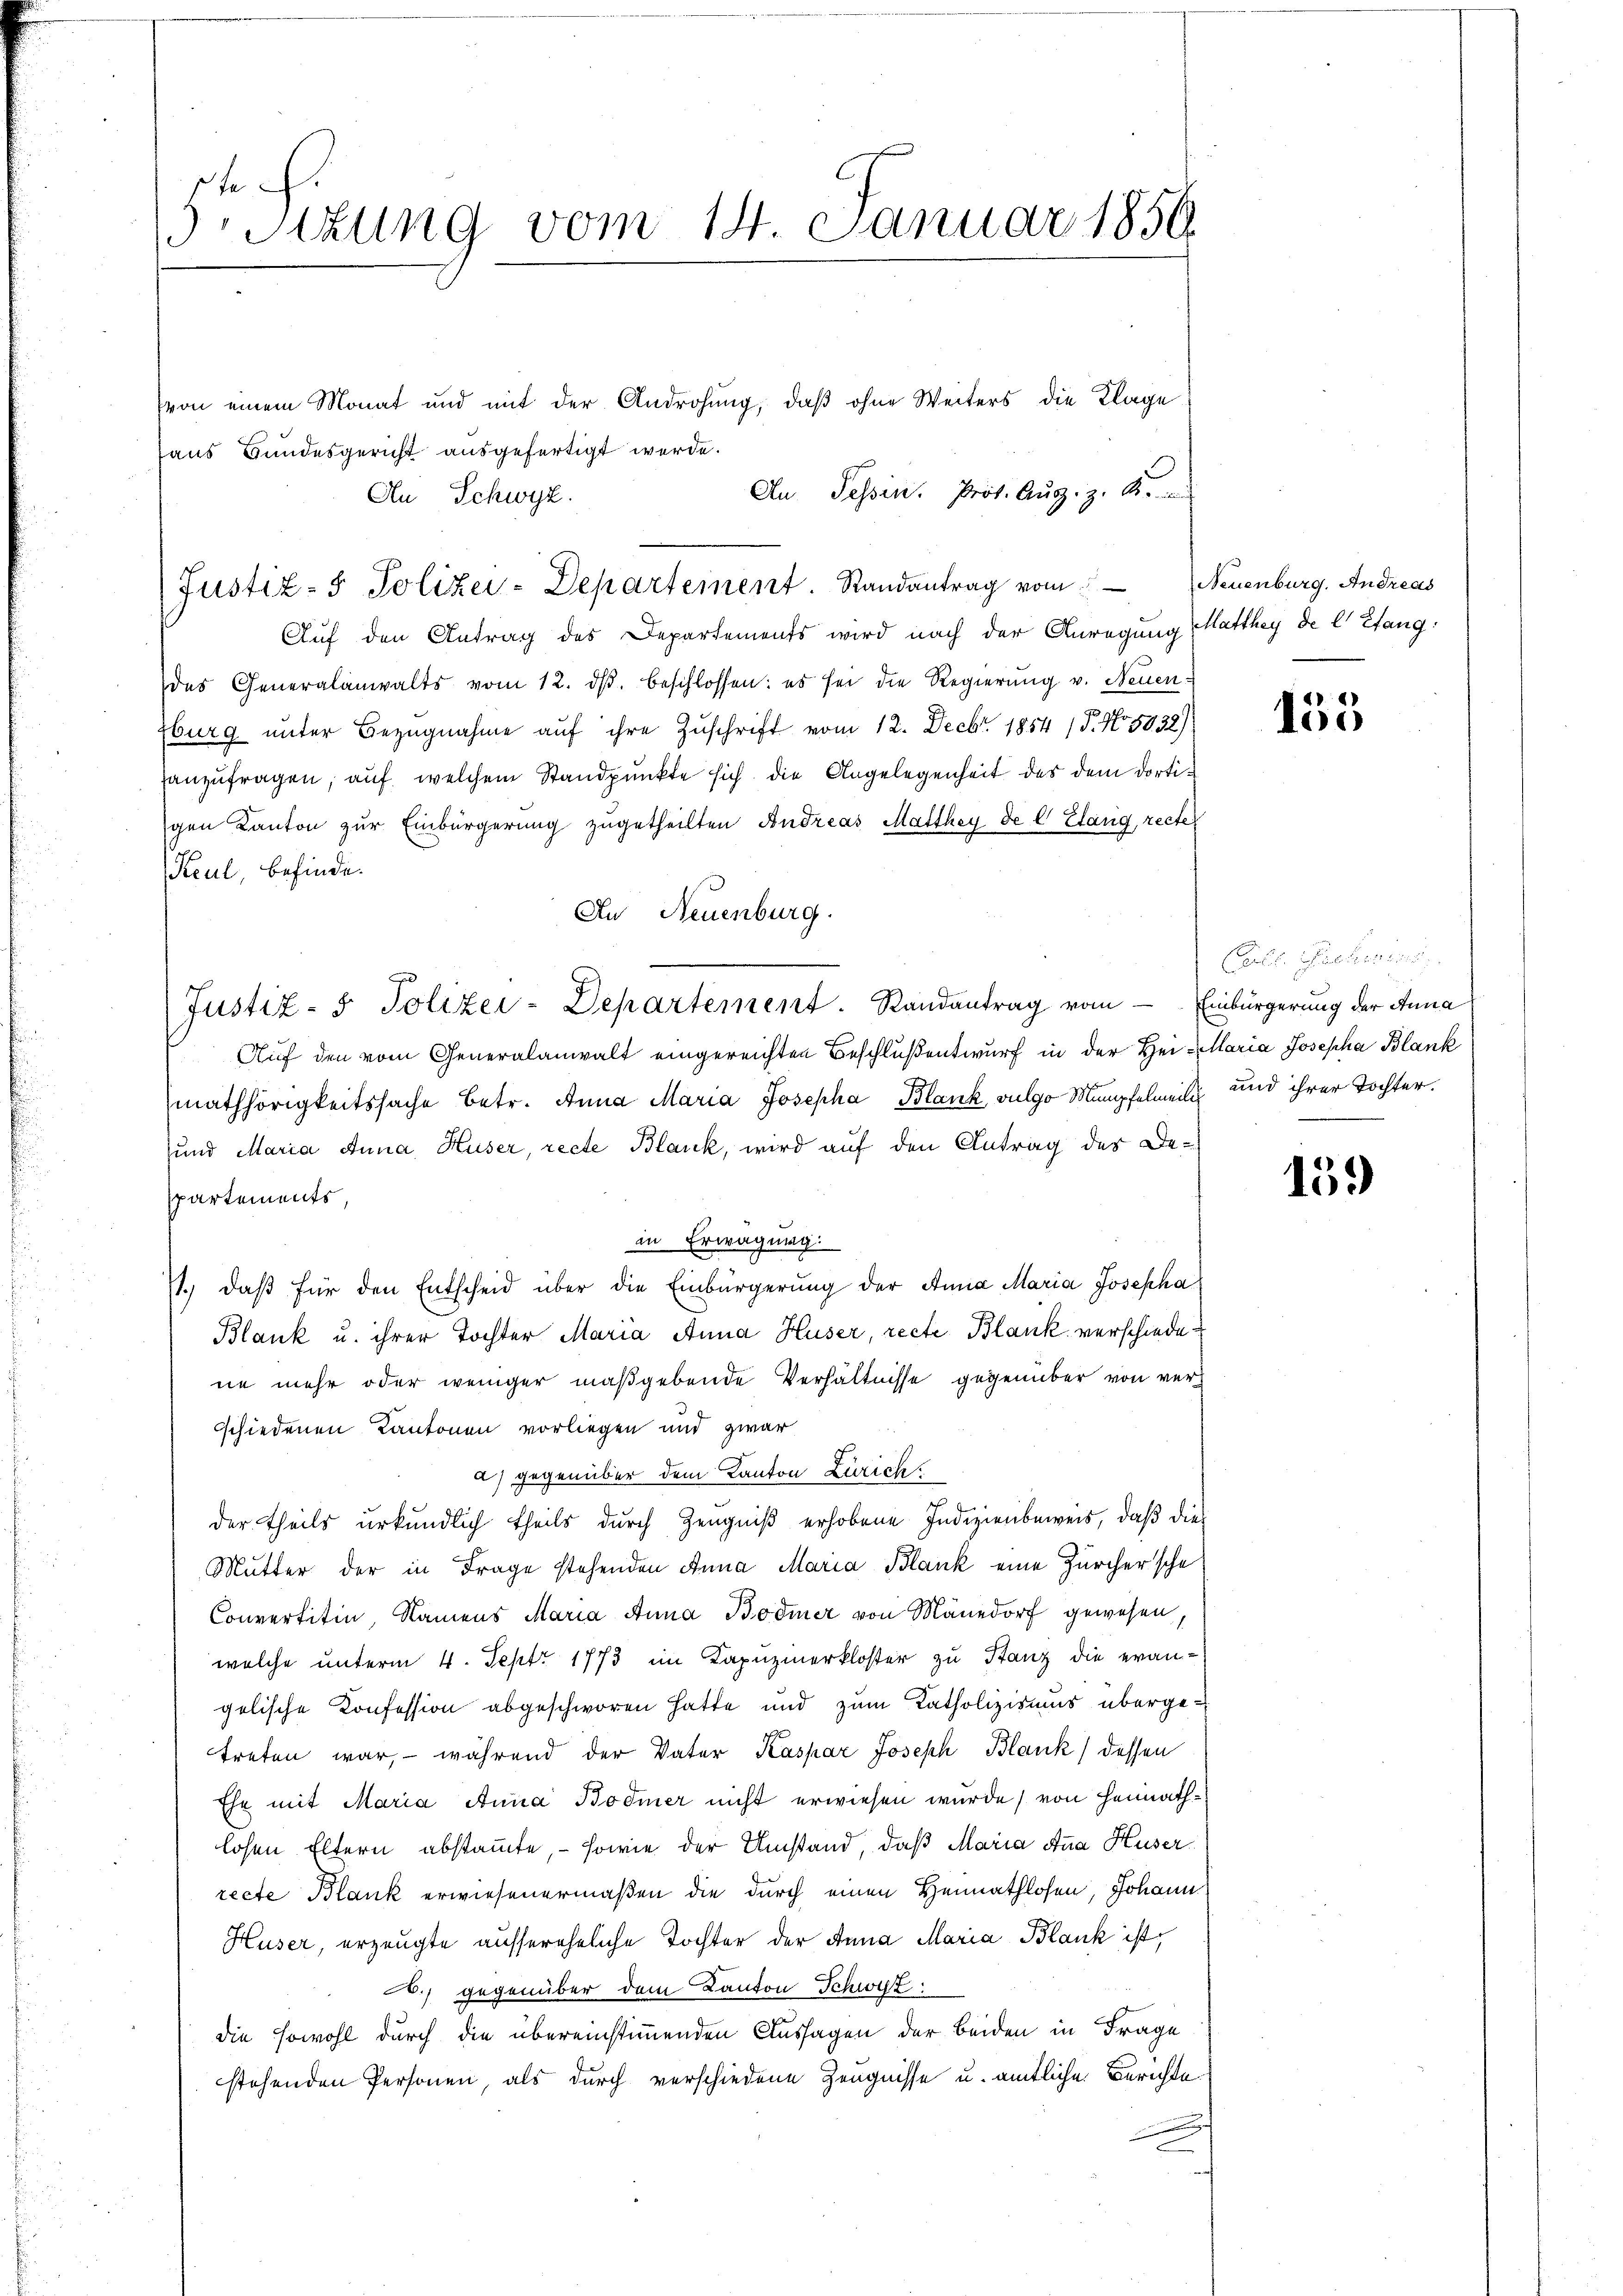
fa
Stzung vom 14. Januar 1856

von einem Monat und mit der Androhung, daß ohne Weiters die Klage
haus Bundesgericht ausgefertigt werde.
An Tessin. Prot. Aŭg. z. B.
An Schwyz.
Auf den Antrag des Departements wird nach der Anregung Matthey de l'Efang
des Generalanwalts vom 12. dβ beschlossen: es sei die Regierŭng v. Neuen-
zburg unter Bezugnahme auf ihre Zuschrift vom 12. Decbr. 1854 15. No. 5038)
anzufragen, auf welchem Standpunkte sich die Angelegenheit des dem dortigen Kanton zur Einbürgerung zugetheilten Andreas Matthey de C Elang, recte
Keul, befinde.
An Neuenburg.
Auf den vom Generalanwalt eingereichten Beschluß entwurf in der Hei-Maria Josepha Blank
mathörigkeitssache betr. Anna Maria Josepha Blank, vulgo Mumpfelmeist und ihrer Tochter.
und Maria Anna Huser, recte Blank, wird auf den Antrag des Departements,
in Erwägung:
71., daß für den Entscheid über die Einbürgerung der Anna Maria Josepha
Blank u. ihrer Tochter Maria Anna Huser, recte Blank verschiedene mehr oder weniger maßgebende Verhältnisse gegenüber von versschiedenen Kantonen vorliegen und zwar
a) gegenüber dem Kanton Zürich
der Theils urkundlich theils durch Zeugniß erhobene Indizienbeweis, daß dies
Mutter der in Frage stehenden Anna Maria Blank eine Zürchersche
Convertitin, Namens Maria Anna Bodmer von Mänedorf gewesen,
welche unterm 4. Sept 1773 im Kapuzinerkloster zu Stanz die evan-
gelische Konfession abgeschworen hatte und zum Katholizismus übergetreten war, – während der Vater Kaspar Joseph Blank dessen
Ehr mit Maria Anna Bodmer nicht erwiesen wurde, von Heimathlosen Eltern abstammte, - sowie der Umstand, daß Maria Anna Huser
recte Blank erwiesenermaßen die durch einen Heimathlosen, Johann
Huser, erzeugte aussereheliche Tochter der Anna Maria Blank ist,
.) gegenüber dem Kanton Schwyz
die sowohl durch die übereinstimmenden Aussagen der beiden in Frage
stehenden Personen, als durch verschiedene Zeugnisse u. amtliche Berichte

Justiz- & Polizei-Departement. Randantrag vom Neuenburg. Andreas

Justiz- & Polizei-Departement. Randantrag vom Einbürgerung der Anna

153

rl. Glieder angen

159